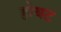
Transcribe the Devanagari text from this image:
होयट